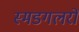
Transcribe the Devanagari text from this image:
स्मडगलरों